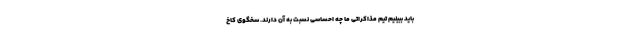
باید ببینیم تیم مذاکراتی ما چه احساسی نسبت به آن دارند. سخگوی کاخ